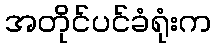
အတိုင်ပင်ခံရုံးက